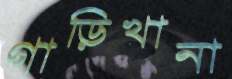
গাড়িখানা